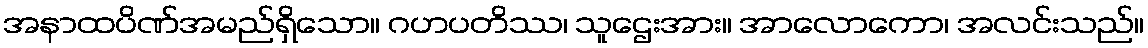
အနာထပိဏ်အမည်ရှိသော။ ဂဟပတိဿ၊ သူဌေးအား။ အာလောကော၊ အလင်းသည်။